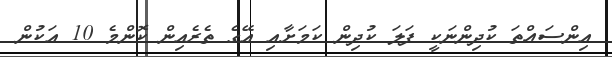
އިންސައްތަ ކުދިންނަކީ ފަލަ ކުދިން ކަމަށާއި އޭގެ ތެރެއިން ކޮންމެ 10 އަކުން